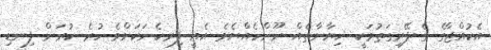
އެކުއްޖާގެ ގެ ފޭރިގަތުމަކީ ޚިޔާނާތެއް ނޫންހެއްޔެވެ އެއީ ފިރހެނަކަށްވެ ހުރެ ކުރަން ފިނޑި